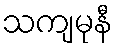
သကျမုနီ